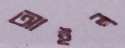
আইল